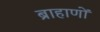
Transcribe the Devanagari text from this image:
ब्राहाणों